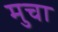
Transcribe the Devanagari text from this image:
मुचा